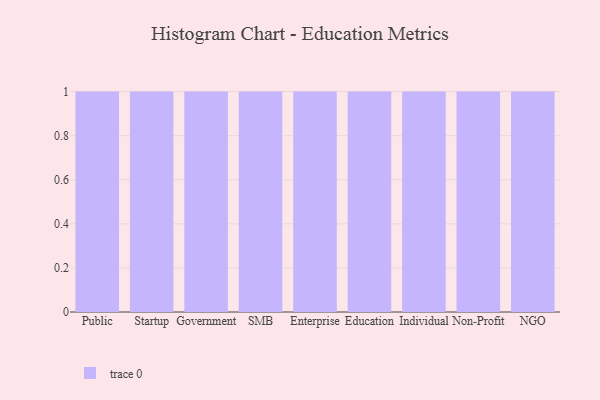
{"axis": {"x": "Segment", "y": "Churn Rate (%)"}, "legend": [""], "data": [{"x": "Public", "y": 44, "type": ""}, {"x": "Startup", "y": 10, "type": ""}, {"x": "Government", "y": 64, "type": ""}, {"x": "SMB", "y": 67, "type": ""}, {"x": "Enterprise", "y": 49, "type": ""}, {"x": "Education", "y": 92, "type": ""}, {"x": "Individual", "y": 91, "type": ""}, {"x": "Non-Profit", "y": 78, "type": ""}, {"x": "NGO", "y": 27, "type": ""}]}